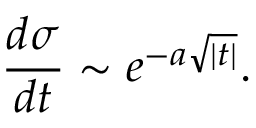
\frac { d \sigma } { d t } \sim e ^ { - a \sqrt { | t | } } .